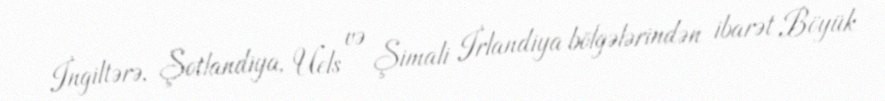
İngiltərə, Şotlandiya, Uels və Şimali İrlandiya bölgələrindən ibarət Böyük